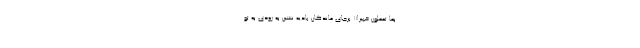
بِمَا تَعْمَلُونَ خَبِيرًا۱۱ برجاى ماندگان باديه نشين به زودى به تو